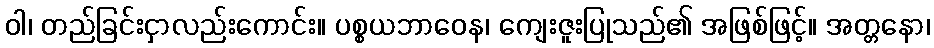
ဝါ၊ တည်ခြင်းငှာလည်းကောင်း။ ပစ္စယဘာဝေန၊ ကျေးဇူးပြုသည်၏ အဖြစ်ဖြင့်။ အတ္တနော၊